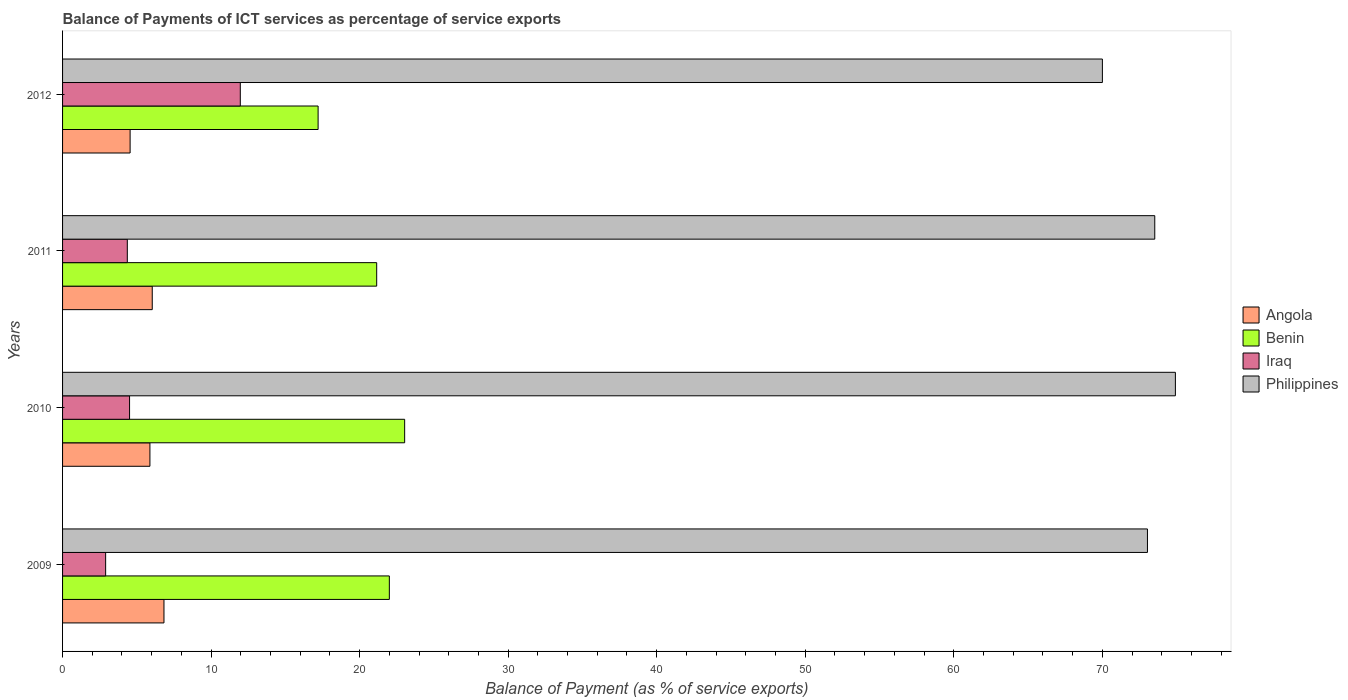
| Years | Angola | Benin | Iraq | Philippines |
 | --- | --- | --- | --- | --- |
 | 2009 | 6.83 | 22 | 2.9 | 73 |
 | 2010 | 5.88 | 23 | 4.51 | 74.9 |
 | 2011 | 6.04 | 21.1 | 4.36 | 73.5 |
 | 2012 | 4.55 | 17.2 | 12 | 70 |